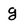
Character: g